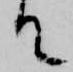
て